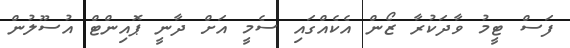
ފަސް ޓީމު ވާދަކުރާ ޒޯން އެކެއްގައި ސެމީ އަށް ދާނީ ޕޮއިންޓް އުސޫލުން